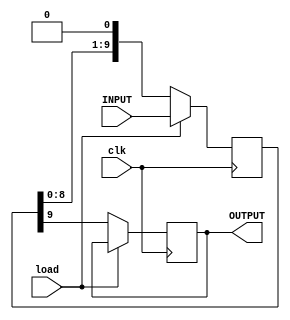
// SPDX-FileCopyrightText: 2020 Efabless Corporation
//
// Licensed under the Apache License, Version 2.0 (the "License");
// you may not use this file except in compliance with the License.
// You may obtain a copy of the License at
//
//      http://www.apache.org/licenses/LICENSE-2.0
//
// Unless required by applicable law or agreed to in writing, software
// distributed under the License is distributed on an "AS IS" BASIS,
// WITHOUT WARRANTIES OR CONDITIONS OF ANY KIND, either express or implied.
// See the License for the specific language governing permissions and
// limitations under the License.
// SPDX-License-Identifier: Apache-2.0


/*
 *-------------------------------------------------------------
 *
 * user_proj_example
 *
 * This is an example of a (trivially simple) user project,
 * showing how the user project can connect to the logic
 * analyzer, the wishbone bus, and the I/O pads.
 *
 * This project generates an integer count, which is output
 * on the user area GPIO pads (digital output only).  The
 * wishbone connection allows the project to be controlled
 * (start and stop) from the management SoC program.
 *
 * See the testbenches in directory "mprj_counter" for the
 * example programs that drive this user project.  The three
 * testbenches are "io_ports", "la_test1", and "la_test2".
 *
 *-------------------------------------------------------------
 */

`default_nettype none

module user_proj_example (clk, load, INPUT, OUTPUT);
input clk, load;
input [9:0] INPUT;
output reg OUTPUT;
reg [9:0] tmp;
always @(posedge clk)
begin
  if(load)
  tmp<=INPUT;
  else
  begin
  OUTPUT <= tmp[9];
  tmp <= {tmp[8:0],1'b0};
  end
end
endmodule
`default_nettype wire